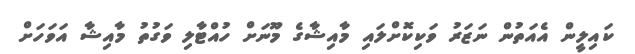
ކައިލީން އެއަތުން ނަޒަރު ވަކިކޮށްލައި މާއިޝާގެ މޫނަށް ހުއްޓާލި ވަގުތު މާއިޝާ އަވަހަށް